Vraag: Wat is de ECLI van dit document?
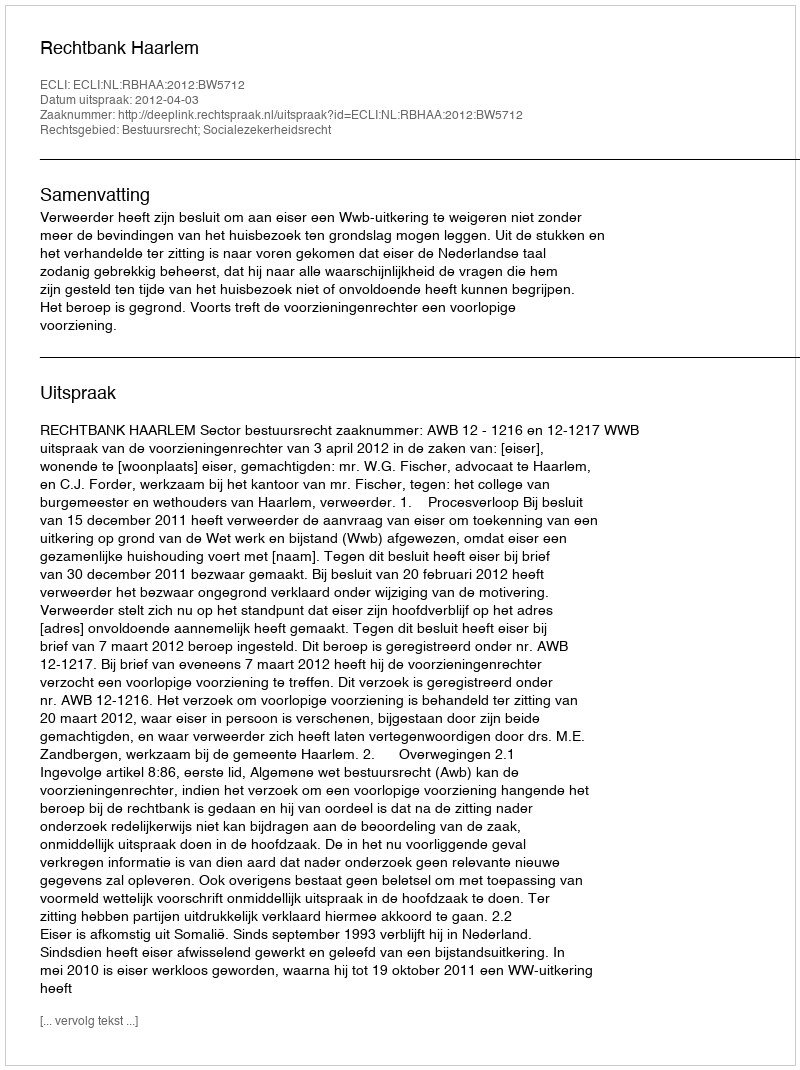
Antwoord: ECLI:NL:RBHAA:2012:BW5712